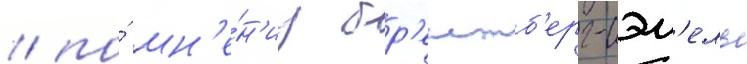
/ по́ мн'е́н'иу бр'еитб'ерг-сэм'ель